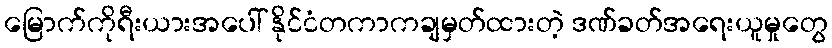
မြောက်ကိုရီးယားအပေါ် နိုင်ငံတကာကချမှတ်ထားတဲ့ ဒဏ်ခတ်အရေးယူမှုတွေ